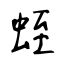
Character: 蛭